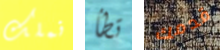
نملك تطأ قدمك